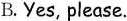
B. Yes, please.